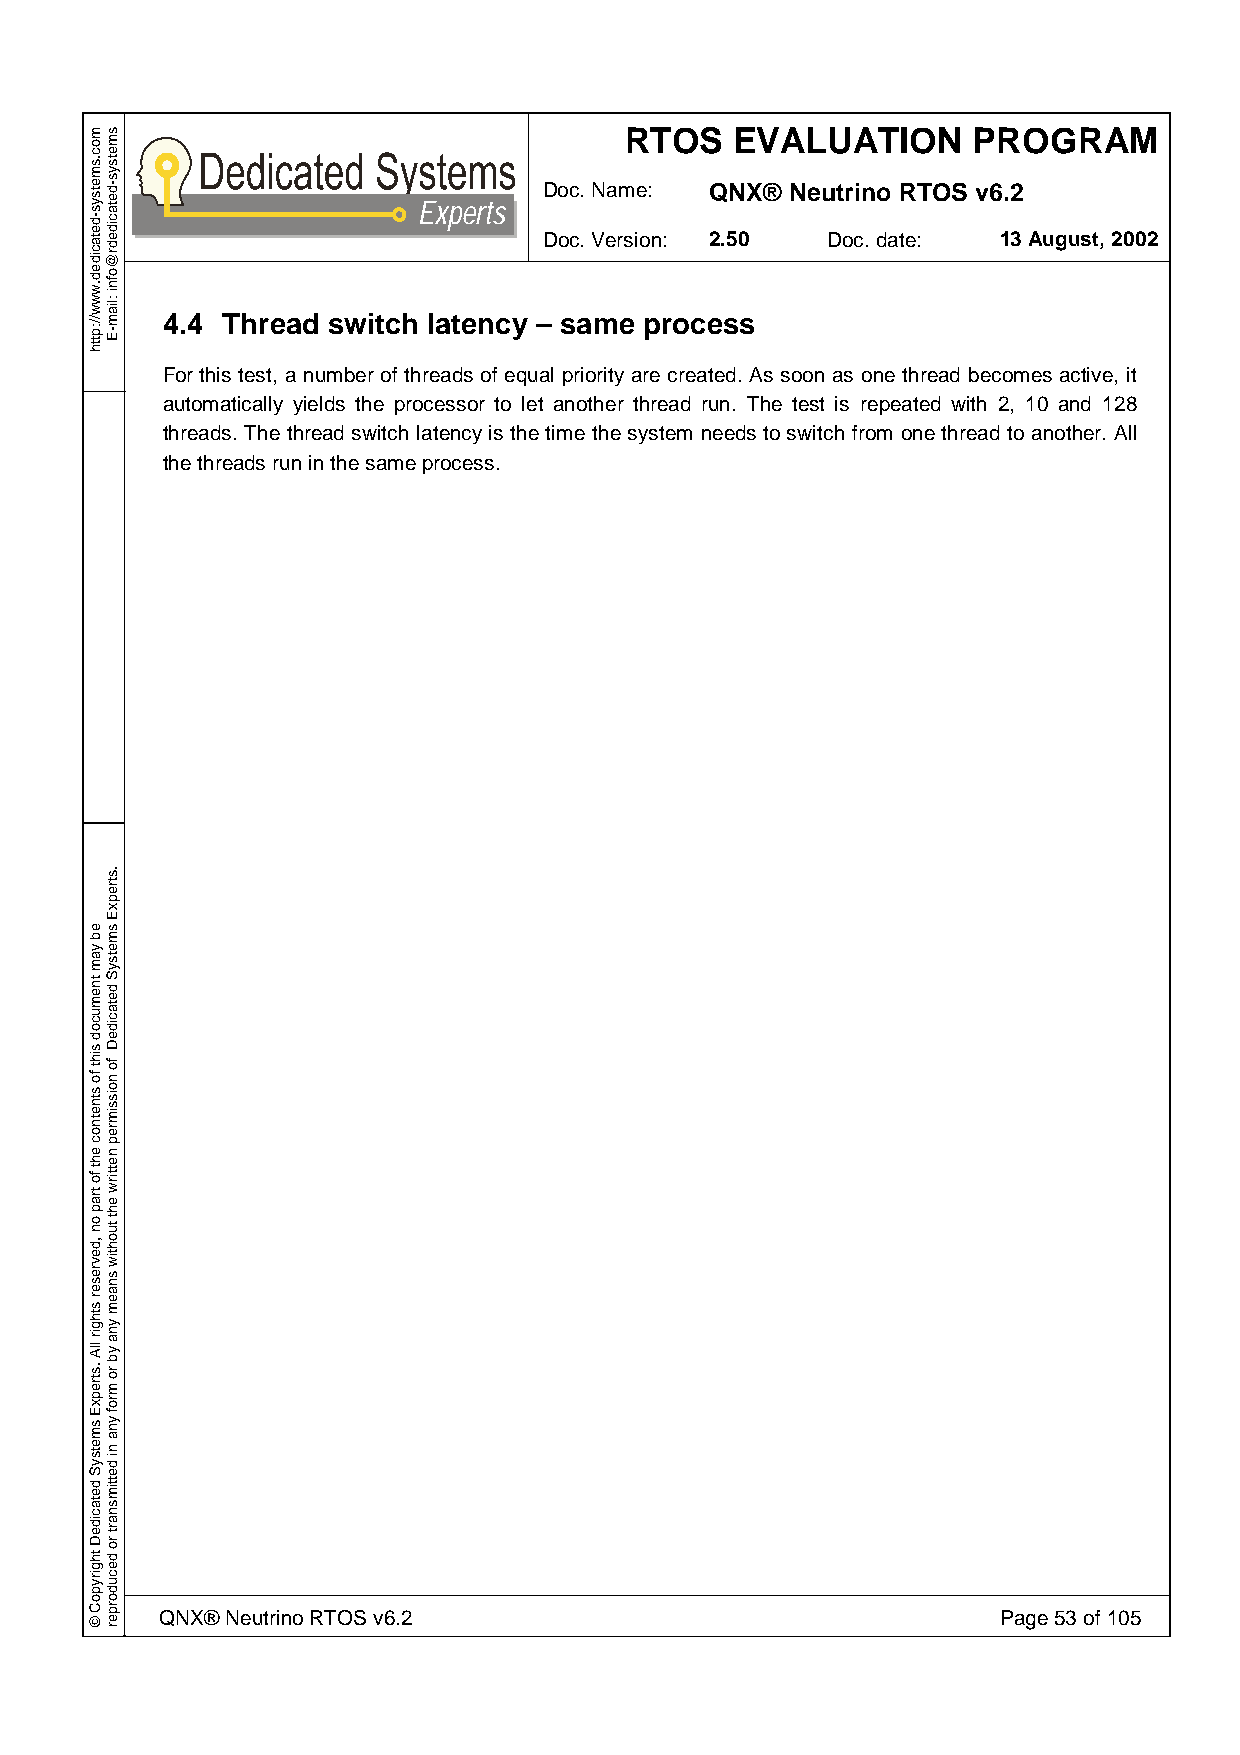
RTOS    EVALUATION     PROGRAM
 Doc. Name: QNX® Neutrino RTOS v6.2
 Experts
 Doc. Version: 2.50 Doc. date: 13 August, 2002
 4.4 Thread switch latency – same process
 For this test, a number of threads of equal priority are created. As soon as one thread becomes active, it
 automatically yields the processor to let another thread run. The test is repeated with 2, 10 and 128
 threads. The thread switch latency is the time the system needs to switch from one thread to another. All
 the threads run in the same process.
 QNX® Neutrino RTOS v6.2                                Page 53 of 105
 moc.smetsys-detacided.www//:ptth
 eb
 yam
 tnemucod
 siht
 fo
 stnetnoc
 eht
 fo
 trap
 on
 ,devreser
 sthgir
 llA
 .strepxE
 smetsyS
 detacideD
 thgirypoC
 ©
 smetsys-detacidedr@ofni
 :liam-E
 .strepxE
 smetsyS
 detacideD
 fo
 noissimrep
 nettirw
 eht
 tuohtiw
 snaem
 yna
 yb
 ro
 mrof
 yna
 ni
 dettimsnart
 ro
 decudorper